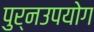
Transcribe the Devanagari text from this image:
पुर्नउपयोग